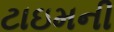
ટાઇમની